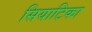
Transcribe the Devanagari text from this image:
सियाटिका